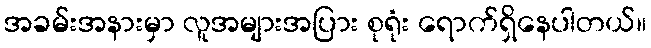
အခမ်းအနားမှာ လူအများအပြား စုရုံး ရောက်ရှိနေပါတယ်။